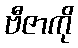
ဗီဇာကို